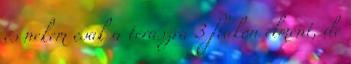
és nekem csak a teraszra 3 flakon elment, de